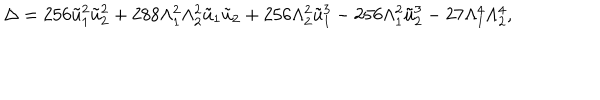
\Delta = 2 5 6 \tilde { u } _ { 1 } ^ { 2 } \tilde { u } _ { 2 } ^ { 2 } + 2 8 8 \Lambda _ { 1 } ^ { 2 } \Lambda _ { 2 } ^ { 2 } \tilde { u } _ { 1 } \tilde { u } _ { 2 } + 2 5 6 \Lambda _ { 2 } ^ { 2 } \tilde { u } _ { 1 } ^ { 3 } - 2 5 6 \Lambda _ { 1 } ^ { 2 } \tilde { u } _ { 2 } ^ { 3 } - 2 7 \Lambda _ { 1 } ^ { 4 } \Lambda _ { 2 } ^ { 4 } ,